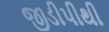
જીડીપીથી